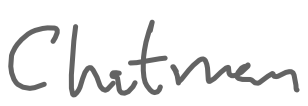
Text: Chatman
Cross-out: clean
Writing tool: digital_gray